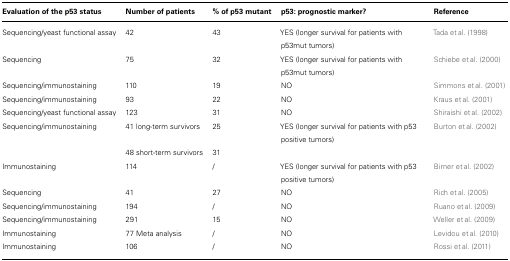
<table><thead><tr><td><b>Evaluation of the p53 status</b></td><td><b>Number of patients</b></td><td><b>% of p53 mutant</b></td><td><b>p53: prognostic marker?</b></td><td><b>Reference</b></td></tr></thead><tbody><tr><td>Sequencing/yeast functional assay</td><td>42</td><td>43</td><td>YES (longer survival for patients with p53mut tumors)</td><td>Tada et al. (1998)</td></tr><tr><td>Sequencing</td><td>75</td><td>32</td><td>YES (longer survival for patients with p53mut tumors)</td><td>Schiebe et al. (2000)</td></tr><tr><td>Sequencing/immunostaining</td><td>110</td><td>19</td><td>NO</td><td>Simmons et al. (2001)</td></tr><tr><td>Sequencing/immunostaining</td><td>93</td><td>22</td><td>NO</td><td>Kraus et al. (2001)</td></tr><tr><td>Sequencing/yeast functional assay</td><td>123</td><td>31</td><td>NO</td><td>Shiraishi et al. (2002)</td></tr><tr><td>Sequencing/immunostaining</td><td>41 long-term survivors</td><td>25</td><td>YES (longer survival for patients with p53 positive tumors)</td><td>Burton et al. (2002)</td></tr><tr><td></td><td>48 short-term survivors</td><td>31</td><td></td><td></td></tr><tr><td>Immunostaining</td><td>114</td><td>/</td><td>YES (longer survival for patients with p53 positive tumors)</td><td>Birner et al. (2002)</td></tr><tr><td>Sequencing</td><td>41</td><td>27</td><td>NO</td><td>Rich et al. (2005)</td></tr><tr><td>Sequencing/immunostaining</td><td>194</td><td>/</td><td>NO</td><td>Ruano et al. (2009)</td></tr><tr><td>Sequencing/immunostaining</td><td>291</td><td>15</td><td>NO</td><td>Weller et al. (2009)</td></tr><tr><td>Immunostaining</td><td>77 Meta analysis</td><td>/</td><td>NO</td><td>Levidou et al. (2010)</td></tr><tr><td>Immunostaining</td><td>106</td><td>/</td><td>NO</td><td>Rossi et al. (2011)</td></tr></tbody></table>